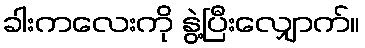
ခါးကလေးကို နွဲ့ပြီးလျှောက်။